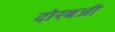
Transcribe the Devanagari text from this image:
दोरबजी